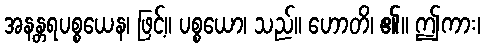
အနန္တရပစ္စယေန၊ ဖြင့်။ ပစ္စယော၊ သည်။ ဟောတိ၊ ၏။ ဤကား၊